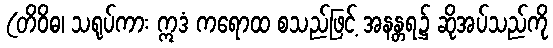
(တိဝိဓ၊ သရုပ်ကား ဣဒံ ကရောထ စသည်ဖြင့် အနန္တရ၌ ဆိုအပ်သည်ကို